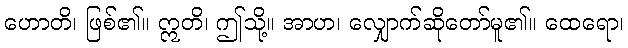
ဟောတိ၊ ဖြစ်၏။ ဣတိ၊ ဤသို့။ အာဟ၊ လျှောက်ဆိုတော်မူ၏။ ထေရော၊